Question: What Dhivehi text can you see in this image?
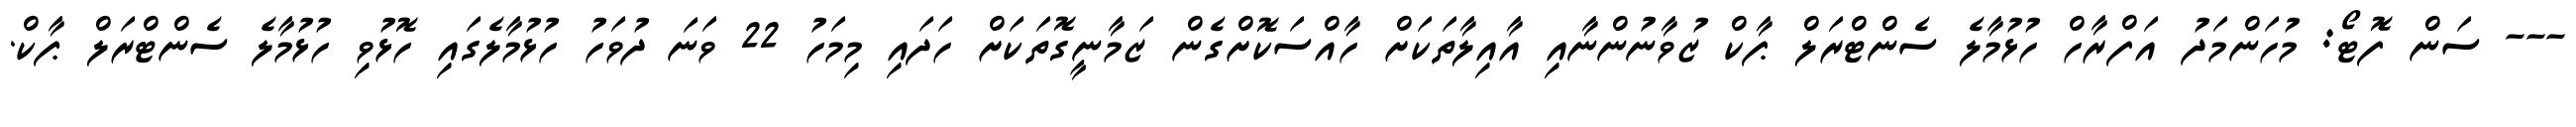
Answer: --- ސަން ފޮޓޯ: މުހަންމަދު އަފްރާހް ހުޅުމާލެ ސެންޓްރަލް ޕާކް ޒުވާނުންނާއި އާއިލާތަކަށް ހާއްސަކޮށްގެން ޒަމާނީގޮތަކަށް ހަދައި މިމަހު 22 ވަނަ ދުވަހު ހުޅުމާލެގައި ހޮޅުވި ހުޅުމާލެ ސެންޓްރަލް ޕާކް.